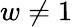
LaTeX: w\ne 1